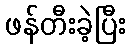
ဖန်တီးခဲ့ပြီး